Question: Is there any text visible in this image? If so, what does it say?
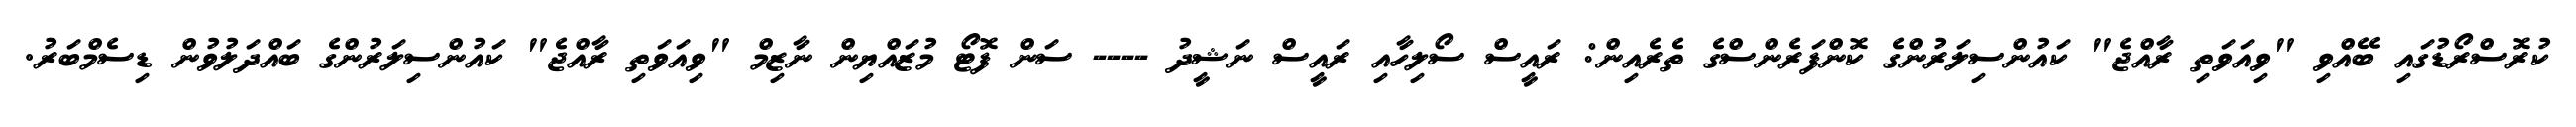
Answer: ކުރޮސްރޯޑުގައި ބޭއްވި "ވިއަވަތި ރާއްޖެ" ކައުންސިލަރުންގެ ކޮންފަރެންސްގެ ތެރެއިން: ރައީސް ސޯލިހާއި ރައީސް ނަޝީދު ---- ސަން ފޮޓޯ މުޒައްޔިން ނާޒިމް "ވިއަވަތި ރާއްޖެ" ކައުންސިލަރުންގެ ބައްދަލުވުން ޑިސެމްބަރު.